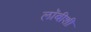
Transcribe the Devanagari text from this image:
लाॅबीशी